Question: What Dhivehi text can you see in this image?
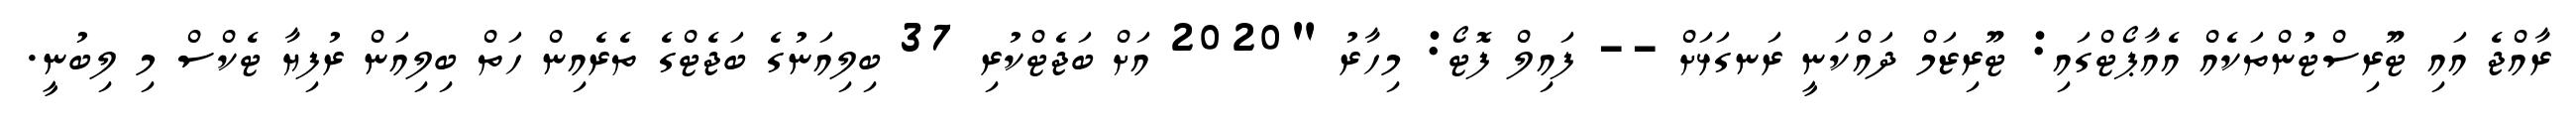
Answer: ރާއްޖެ އައި ޓޫރިސްޓުންތަކެއް އެއާޕޯޓްގައި: ޓޫރިޒަމް ދައްކަނީ ރަނގަޅަށް -- ފައިލް ފޮޓޯ: މިހާރު "2020 އަށް ބަޖެޓްކުރި 37 ބިލިއަނުގެ ބަޖެޓްގެ ތެރެއިން ހަތް ބިލިއަން ރުފިޔާ ޓެކްސް މި ލިބުނީ.